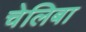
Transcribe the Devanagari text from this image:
चेलिबा